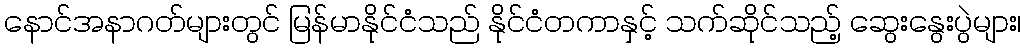
နောင်အနာဂတ်များတွင် မြန်မာနိုင်ငံသည် နိုင်ငံတကာနှင့် သက်ဆိုင်သည့် ဆွေးနွေးပွဲများ၊